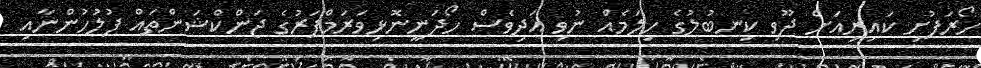
ހޯރަފުށި ކައިރިއަށް ދޫވި ކިނބުލުގެ ހިލަމެއް ނުވި އަދިވެސް ހޯދަނީނޮޅިވަރަމްފަރުގެ ޖަންކްޝަންތައް ފުލުހުންނާއި